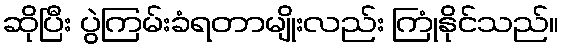
ဆိုပြီး ပွဲကြမ်းခံရတာမျိုးလည်း ကြုံနိုင်သည်။